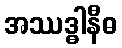
အဿဒ္ဓါနီဓ